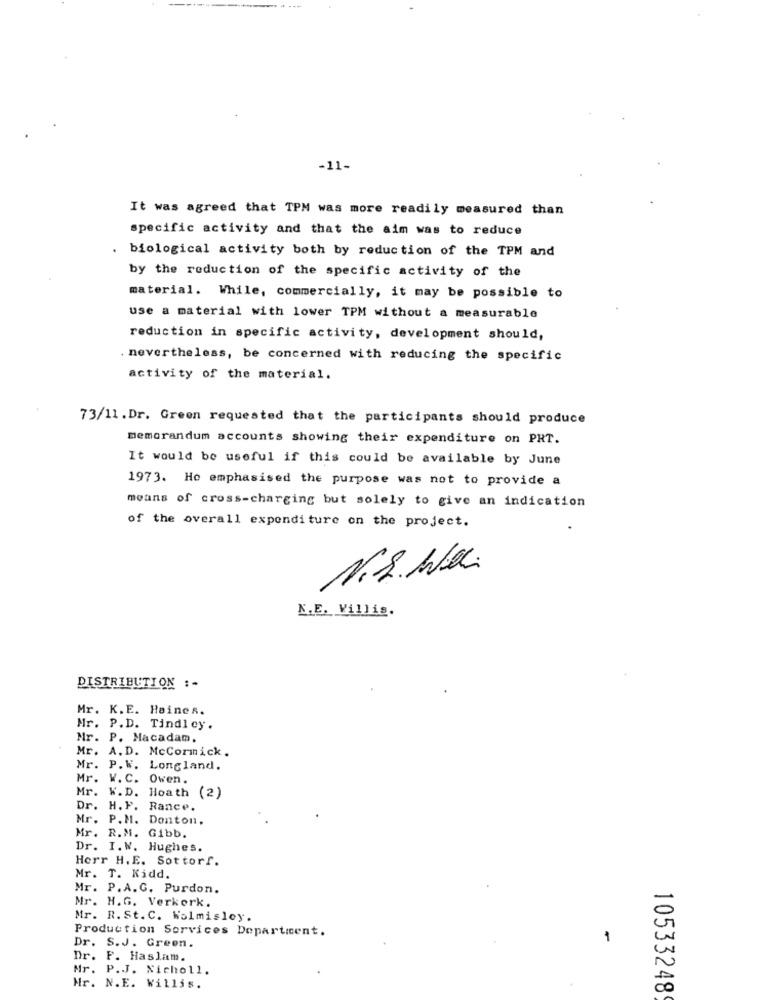
-11-
It was agreed that TPM was more readily measured than
specific activity and that the aim was to reduce
biological activity both by reduction of the TPM and
by the reduction of the specific activity of the
material. While, commercially, it may be possible to
use a material with lower TPM without a measurable
reduction in specific activity, development should,
nevertheless, be concerned with reducing the specific
activity of the material.
73/11 .Dr. Green requested that the participants should produce
memorandum accounts showing their expenditure on PHT.
It would be useful if this could be available by June
1973. He emphasised the purpose was not to provide a
means of cross-charging but solely to give an indication
of the overall expenditure on the project.
M.S. W.e.
N.E. Villis.
DISTRIBUTION :-
Mr. K.E. Haines.
Mr. P.D. Tindley.
Mr. P. Macadam.
Mr. A. D. McCormick .
Mr. P.W. Longland.
Mr. W. C. Owen.
Mr. W. D. Hoath (2)
Dr. H. F. Rance.
Mr. P.M. Denton.
Mr. R.M. Gibb.
Dr. I.W. Hughes.
Herr H.E. Sottorf.
Mr. T. Kidd.
Mr. P.A.C. Purdon.
Mr. H.G. Verkork.
Mr. R. St. C. Wolmisley.
Production Services Departicent.
1
Dr. S.J. Green.
Dr. F. Haslam.
Mr. P.J. Nicholl.
Mr. N.E. Willis.
10533248